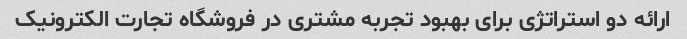
ارائه دو استراتژی برای بهبود تجربه مشتری در فروشگاه تجارت الکترونیک